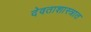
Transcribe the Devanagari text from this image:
देवताशास्त्रात